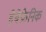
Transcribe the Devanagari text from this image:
हेबेफ्रेनिक